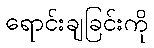
ရောင်းချခြင်းကို